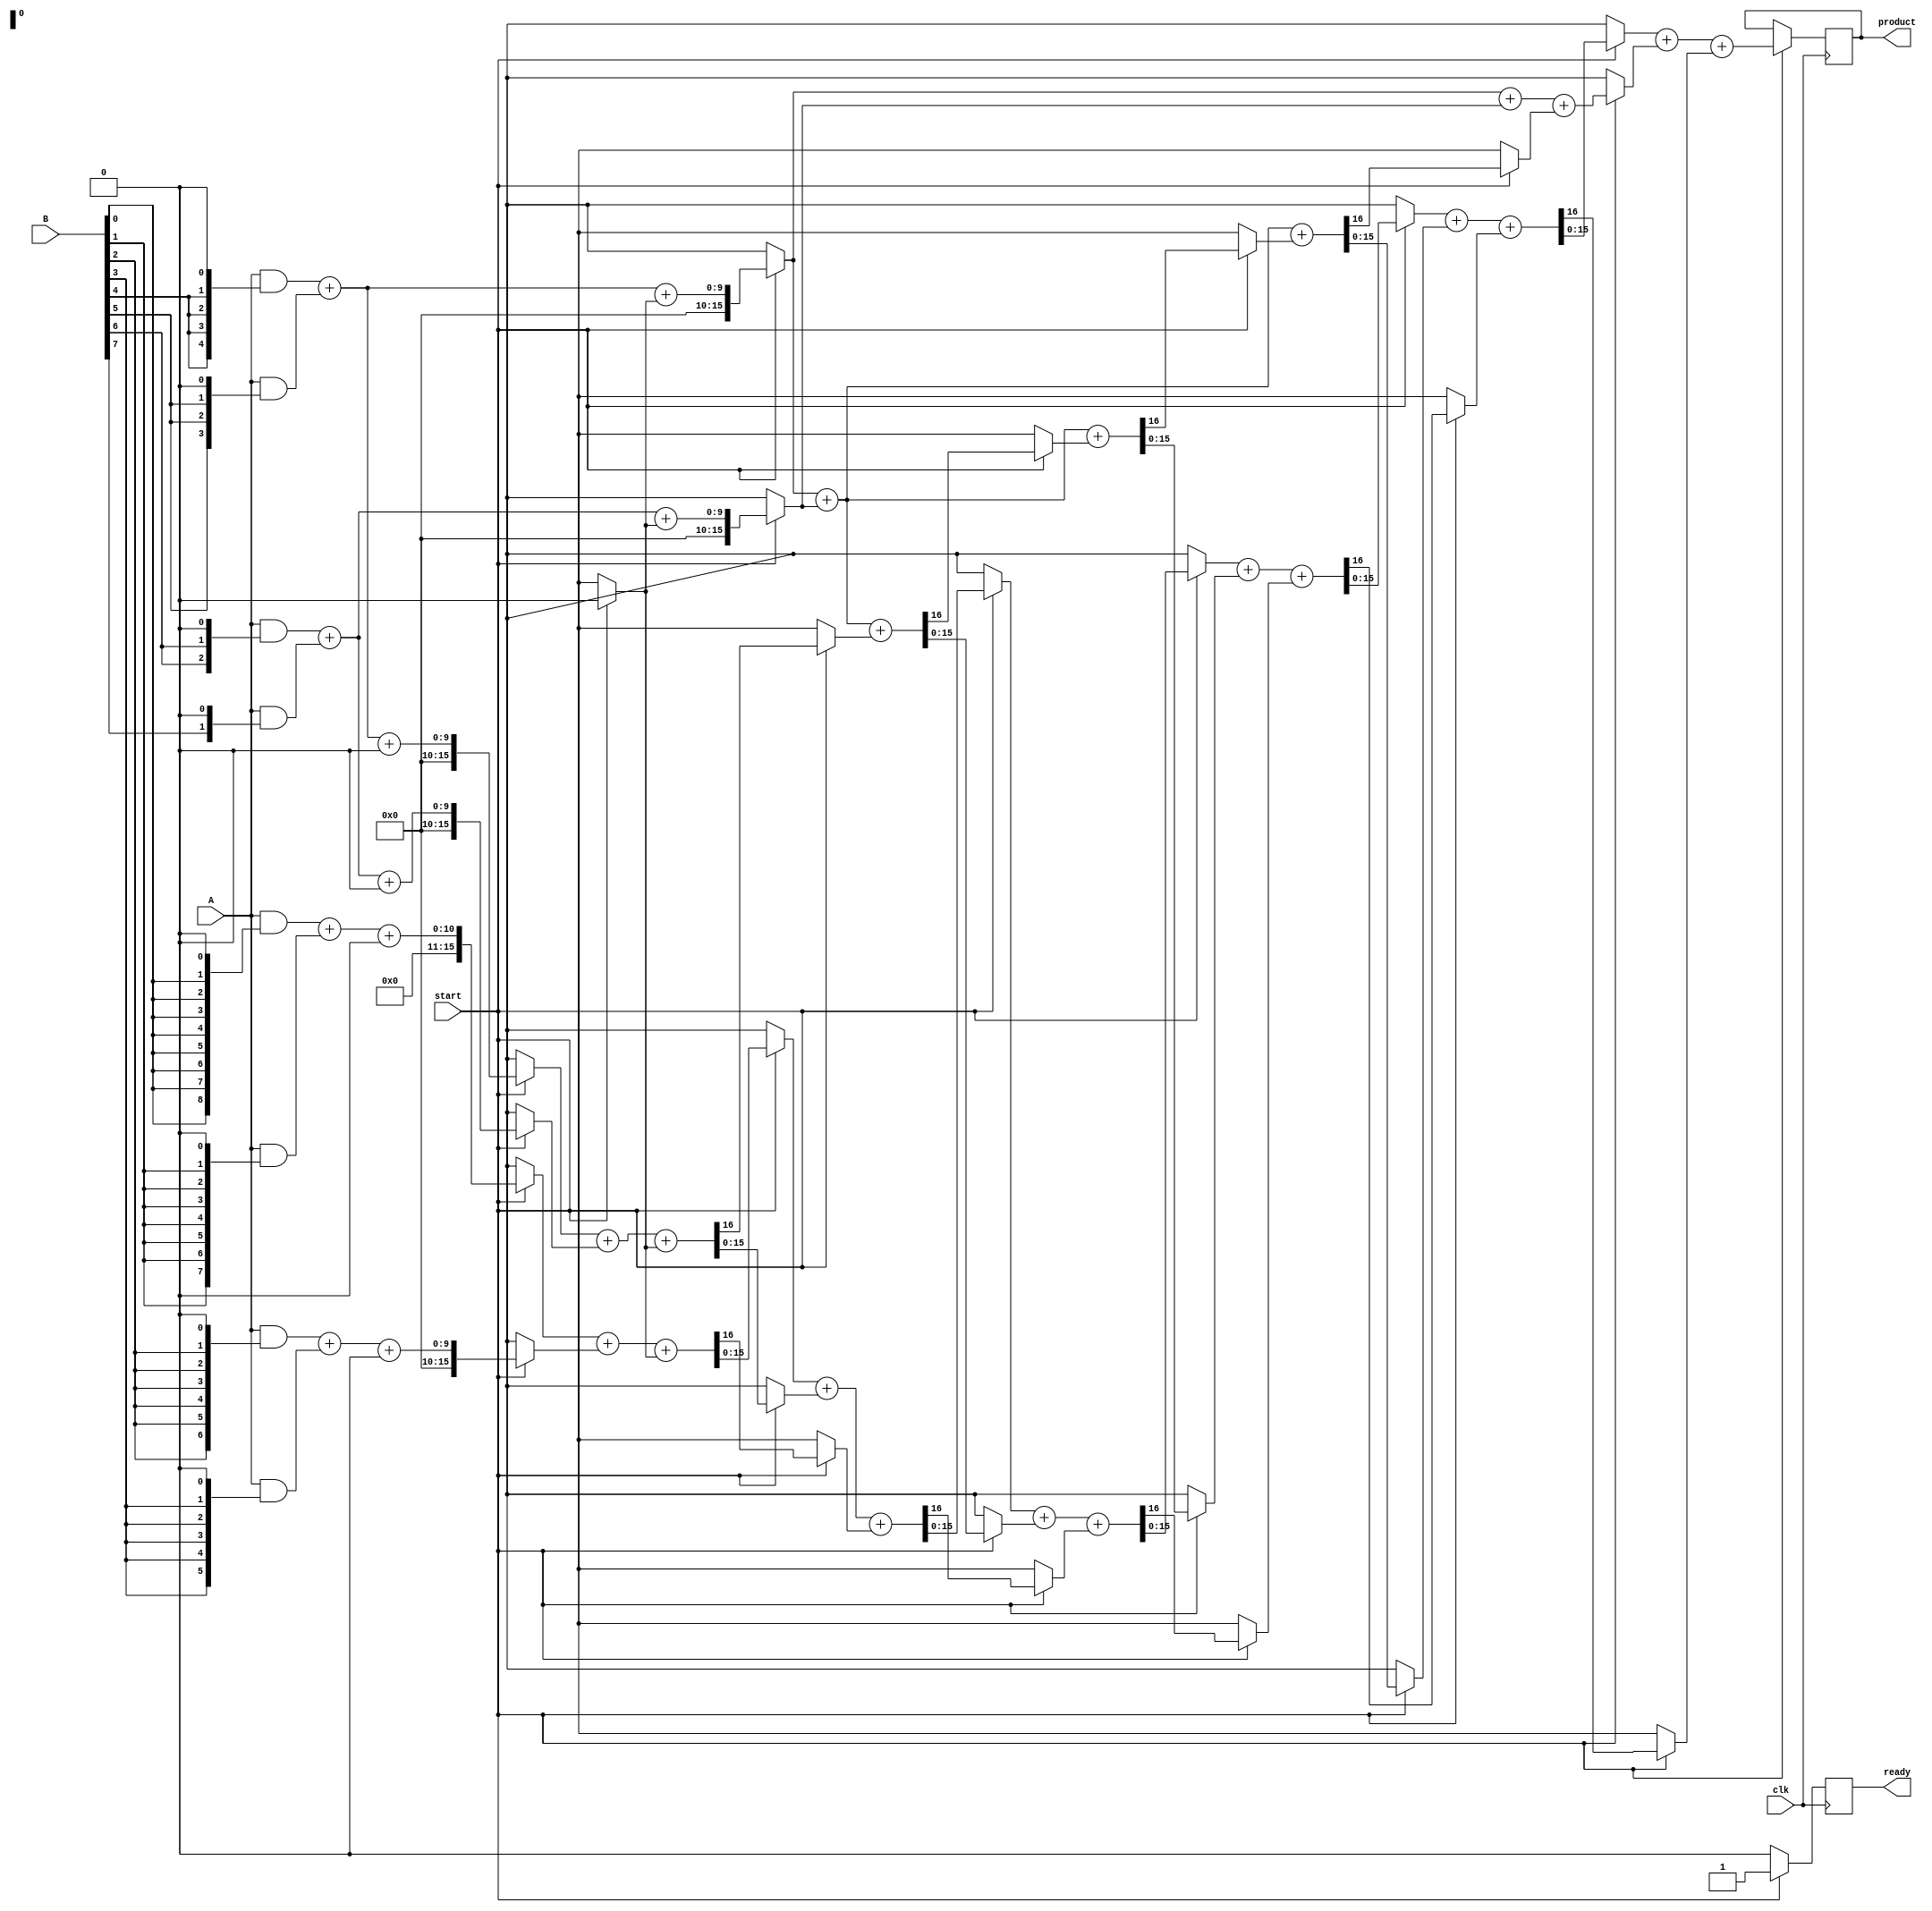
module WallaceTreeMultiplier #(parameter N = 8) (
    input wire clk,
    input wire start,
    input wire [N-1:0] A,
    input wire [N-1:0] B,
    output reg [2*N-1:0] product,
    output reg ready
);

    reg [2*N-1:0] partial_products[N-1:0];
    reg [2*N-1:0] sums[N-1:0];
    reg [N-1:0] carry;
    integer i, j;
    
    always @(posedge clk) begin
        if (start) begin
            // Generate partial products
            for (i = 0; i < N; i = i + 1) begin
                partial_products[i] = A & { {N-i{B[i]}}, 1'b0 } ;  // Generate partial product by ANDing
            end

            // Wallace tree reduction
            for (i = 0; i < N; i = i + 1) begin
                sums[i] = partial_products[i];
                carry[i] = 0;
            end

            // The reduction logic using Wallace tree structure
            // Loop until we reduce to a single result
            for (i = 0; i < N-1; i = i + 1) begin
                for (j = 0; j < (N / 2); j = j + 1) begin
                    if (j*2+1 < N) begin
                        {carry[j], sums[j]} = sums[j*2] + sums[j*2+1] + carry[j];
                    end else begin
                        sums[j] = sums[j*2];
                    end
                end
                N = (N + 1) / 2; // Update size for the next stage
            end
            
            // Final output calculation
            product = sums[0];
            ready = 1; // Signal that multiplication is done
        end else begin
            ready = 0; // Reset ready when not starting
        end
    end
endmodule